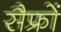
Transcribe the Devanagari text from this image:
सैफ्रों